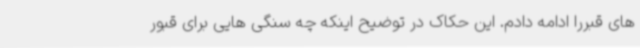
های قبررا ادامه دادم. این حکاک در توضیح اینکه چه سنگی هایی برای قبور